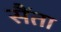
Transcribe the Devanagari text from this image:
सैंता